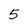
Character: 5